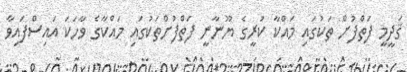
ޤަދީމީ ފަތްފުށް ތަކުގައި މައްކާ ކުރީގެ ޔޫނާނީ ފަތްފުށްތަކުގައި މައްކާގެ ވާހަކަ އައިސްފައިވާ